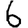
Digit: 6